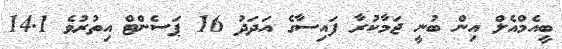
ބީއެމްއެލް އިން ބުނީ ޖަމާކުރާ ފައިސާގެ އަދަދު 16 ޕަސެންޓް އިތުރުވެ 14.1